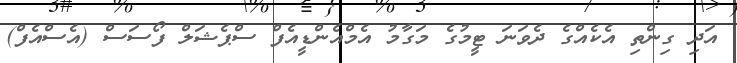
އަދި ގިންތި އެކެއްގެ ދެވަނަ ޓީމުގެ މަގާމު އެމްއެންޑީއެފް ސްޕެޝަލް ފޯސަސް (އެސްއެފް)